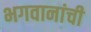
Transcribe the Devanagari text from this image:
भगवानांची